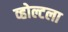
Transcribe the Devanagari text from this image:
व्होल्टला